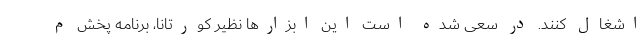
اشغال کنند. در سعی شده است این ابزارها نظیر کورتانا، برنامه پخش م